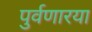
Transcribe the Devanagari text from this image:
पुर्वणारया